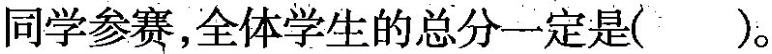
同学参赛，全体学生的总分一定是()。